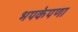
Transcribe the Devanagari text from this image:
भपकेपणा